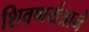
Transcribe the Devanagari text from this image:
शिवणयंत्राने